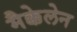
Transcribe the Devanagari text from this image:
मैक्केलेन